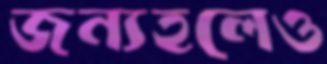
জন্যহলেও